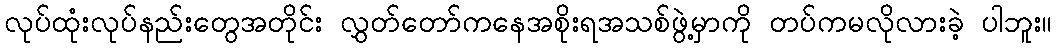
လုပ်ထုံးလုပ်နည်းတွေအတိုင်း လွှတ်တော်ကနေအစိုးရအသစ်ဖွဲ့မှာကို တပ်ကမလိုလားခဲ့ ပါဘူး။